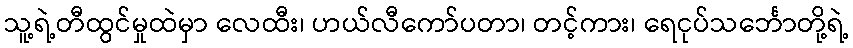
သူ့ရဲ့တီထွင်မှုထဲမှာ လေထီး၊ ဟယ်လီကော်ပတာ၊ တင့်ကား၊ ရေငုပ်သင်္ဘောတို့ရဲ့